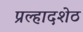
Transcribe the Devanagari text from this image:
प्रल्हादशेठ